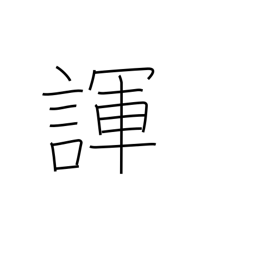
Meaning: joke